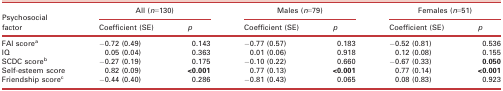
| <ROWSPAN=2> Psychosocial factor | <COLSPAN=2> All (n=130) | <COLSPAN=2> Males (n=79) | <COLSPAN=2> Females (n=51) |
 | Coefficient (SE) | p | Coefficient (SE) | p | Coefficient (SE) | p |
 | --- | --- | --- | --- | --- | --- | --- |
 | FAI scorea | −0.72 (0.49) | 0.143 | −0.77 (0.57) | 0.183 | −0.52 (0.81) | 0.536 |
 | IQ | 0.05 (0.04) | 0.363 | 0.01 (0.06) | 0.918 | 0.12 (0.08) | 0.155 |
 | SCDC scoreb | −0.27 (0.19) | 0.175 | −0.10 (0.22) | 0.660 | −0.67 (0.33) | 0.050 |
 | Self‐esteem score | 0.82 (0.09) | <0.001 | 0.77 (0.13) | <0.001 | 0.77 (0.14) | <0.001 |
 | Friendship scorec | −0.44 (0.40) | 0.286 | −0.81 (0.43) | 0.065 | 0.08 (0.83) | 0.923 |